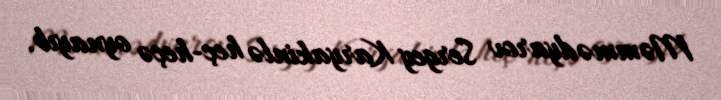
Məmmədyarov Sergey Karyakinlə heç-heçə oynayıb.